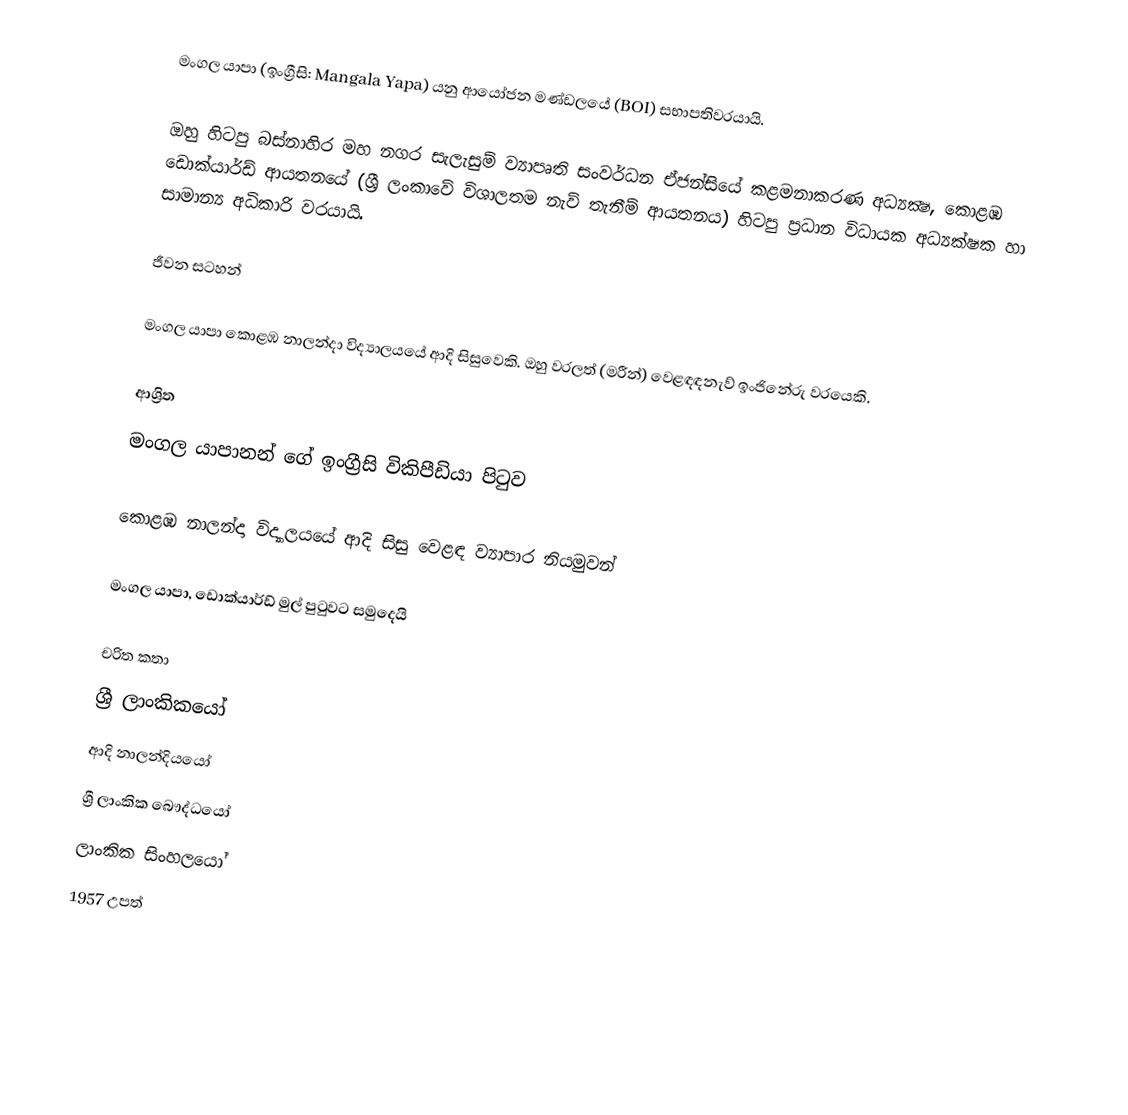
මංගල යාපා (ඉංග්‍රීසි: Mangala Yapa) යනු ආයෝජන මණ්ඩලයේ (BOI) සභාපතිවරයායි.

ඔහු හිටපු බස්නාහිර මහ නගර සැලැසුම් ව්‍යාපෘති සංවර්ධන ඒජන්සියේ කළමනාකරණ අධ්‍යක්‍ෂ, කොළඹ ඩොක්යාර්ඩ් ආයතනයේ (ශ්‍රී ලංකාවේ විශාලතම නැව් තැනීම් ආයතනය) හිටපු ප්‍රධාන විධායක අධ්‍යක්ෂක හා සාමාන්‍ය අධිකාරි වරයායි.

ජීවන සටහන්

මංගල යාපා  කොළඹ නාලන්දා විද්‍යාලයයේ ආදි සිසුවෙකි.  ඔහු වරලත් (මරීන්) වෙළඳඳනැව් ඉංජිනේරු වරයෙකි.

ආශ්‍රිත
  මංගල යාපානන් ගේ ඉංග්‍රීසි විකිපීඩියා පිටුව

 කොළඹ නාලන්දා විද්‍යාලයයේ ආදි සිසු වෙළඳ ව්‍යාපාර නියමුවන්

 මංගල යාපා, ඩොක්යාර්ඩ් මුල් පුටුවට සමුදෙයි

චරිත කතා
ශ්‍රී ලාංකිකයෝ
ආදි නාලන්දියයෝ
ශ්‍රී ලාංකික බෞද්ධයෝ
ලාංකික සිංහලයෝ
1957 උපත්